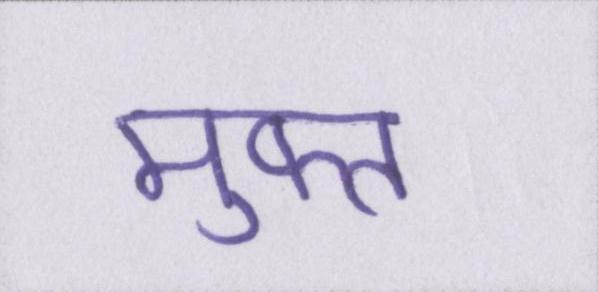
मुफ्त